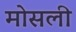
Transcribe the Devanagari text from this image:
मोसली